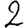
Digit: 2